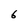
Character: 6